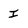
Character: I